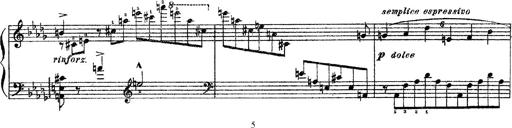
Title: 3 sonetti di Petrarca
Composer: Franz Liszt